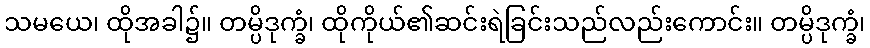
သမယေ၊ ထိုအခါ၌။ တမ္ပိဒုက္ခံ၊ ထိုကိုယ်၏ဆင်းရဲခြင်းသည်လည်းကောင်း။ တမ္ပိဒုက္ခံ၊